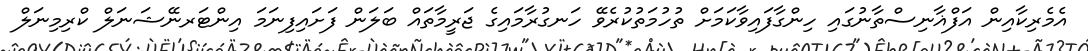
އެމެރިކާއިން އަފްޣާނިސްތާނުގައި ހިންގާފައިވާކަަމަށް ތުހުމަތުކުރެވޭ ހަނގުރާމައިގެ ޖަރީމާތައް ބަލަން ފަށައިފިނަަމަ އިންޓަރނޭޝަނަލް ކްރިމިނަލް